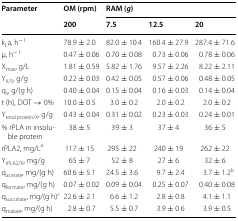
<table><thead><tr><td rowspan="2"><b>Parameter</b></td><td><b>OM (rpm)</b></td><td colspan="3"><b>RAM (<i>g</i>)</b></td></tr><tr><td><b>200</b></td><td><b>7.5</b></td><td><b>12.5</b></td><td><b>20</b></td></tr></thead><tbody><tr><td>k<sub>L</sub>a, h<sup>−1</sup></td><td>78.9 ± 2.0</td><td>82.0 ± 10.4</td><td>160.4 ± 27.9</td><td>287.4 ± 71.6</td></tr><tr><td>μ, h<sup>−1</sup></td><td>0.47 ± 0.06</td><td>0.70 ± 0.08</td><td>0.73 ± 0.06</td><td>0.78 ± 0.06</td></tr><tr><td>X<sub>max</sub>, g/L</td><td>1.81 ± 0.59</td><td>5.82 ± 1.76</td><td>9.57 ± 2.26</td><td>8.22 ± 2.11</td></tr><tr><td>Y<sub>X/S</sub>, g/g</td><td>0.22 ± 0.03</td><td>0.42 ± 0.05</td><td>0.57 ± 0.06</td><td>0.48 ± 0.05</td></tr><tr><td>q<sub>s</sub>, g/(g h)</td><td>0.40 ± 0.04</td><td>0.15 ± 0.04</td><td>0.16 ± 0.03</td><td>0.14 ± 0.04</td></tr><tr><td>t (h), DOT → 0%</td><td>10.0 ± 0.5</td><td>3.0 ± 0.2</td><td>2.0 ± 0.2</td><td>2.0 ± 0.2</td></tr><tr><td>Y<sub>total protein/X</sub>, g/g</td><td>0.43 ± 0.04</td><td>0.31 ± 0.02</td><td>0.23 ± 0.03</td><td>0.24 ± 0.01</td></tr><tr><td>% rPLA in insoluble protein</td><td>38 ± 5</td><td>39 ± 3</td><td>37 ± 4</td><td>36 ± 5</td></tr><tr><td>rPLA2, mg/L<sup>a</sup></td><td>117 ± 15</td><td>295 ± 22</td><td>240 ± 19</td><td>262 ± 22</td></tr><tr><td>Y<sub>rPLA2/X</sub>, mg/g</td><td>65 ± 7</td><td>52 ± 8</td><td>27 ± 6</td><td>32 ± 6</td></tr><tr><td>q<sub>acetate</sub>, mg/(g h)</td><td>60.6 ± 5.1</td><td>24.5 ± 3.6</td><td>9.7 ± 2.4</td><td>3.7 ± 1.2<sup>b</sup></td></tr><tr><td>q<sub>formate</sub>, mg/(g h)</td><td>0.07 ± 0.02</td><td>0.09 ± 0.04</td><td>0.25 ± 0.07</td><td>0.40 ± 0.08</td></tr><tr><td>q<sub>succinate</sub>, mg/(g h)<sup>c</sup></td><td>22.6 ± 2.1</td><td>6.6 ± 1.2</td><td>2.8 ± 0.8</td><td>4.1 ± 1.1</td></tr><tr><td>q<sub>malate</sub>, mg/(g h)</td><td>2.8 ± 0.7</td><td>5.5 ± 0.7</td><td>3.9 ± 0.6</td><td>3.9 ± 0.5</td></tr></tbody></table>